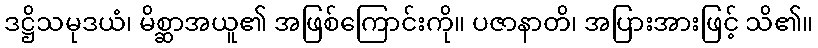
ဒဋ္ဌိသမုဒယံ၊ မိစ္ဆာအယူ၏ အဖြစ်ကြောင်းကို။ ပဇာနာတိ၊ အပြားအားဖြင့် သိ၏။